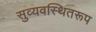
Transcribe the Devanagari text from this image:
सुव्यवस्थितरूप